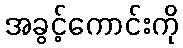
အခွင့်ကောင်းကို